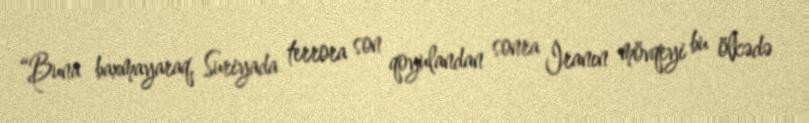
“Buna baxmayaraq, Suriyada terrora son qoyulandan sonra İranın mövqeyi bu ölkədə